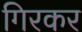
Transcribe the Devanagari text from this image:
गिरकर